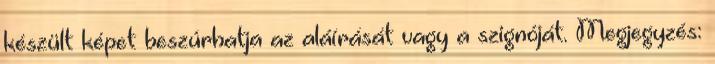
készült képet beszúrhatja az aláírását vagy a szignóját. Megjegyzés: